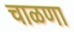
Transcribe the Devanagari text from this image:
चाळणा